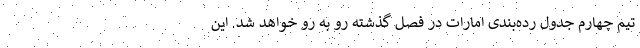
تیم چهارم جدول رده‌بندی امارات در فصل گذشته رو به رو خواهد شد. این